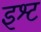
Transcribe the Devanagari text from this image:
इश्ट